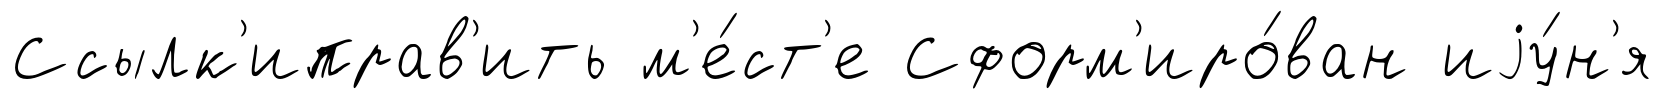
Ссылк'иправ'ить м'е́ст'е Сформ'иро́ван иjу́н'я